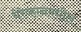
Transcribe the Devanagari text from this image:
येरेव्हानमधील